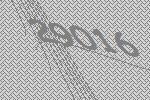
29016